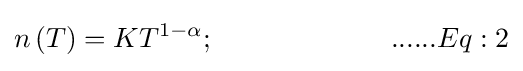
{\begin{alignedat}{5}n\left(T\right)=KT^{1-\alpha };\ \ \ \ \ \ \ \ \ \ \ \ \ \ \ \ \ \ \ ......Eq:2\end{alignedat}}